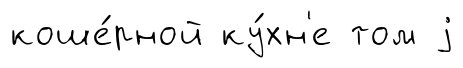
коше́рной ку́хн'е том j